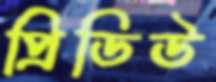
প্রিডিউ